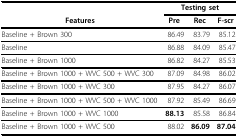
<table><thead><tr><td></td><td colspan="3"><b>Testing set</b></td></tr><tr><td><b>Features</b></td><td><b>Pre</b></td><td><b>Rec</b></td><td><b>F-scr</b></td></tr></thead><tbody><tr><td>Baseline + Brown 300</td><td>86.49</td><td>83.79</td><td>85.12</td></tr><tr><td>Baseline</td><td>86.88</td><td>84.09</td><td>85.47</td></tr><tr><td>Baseline + Brown 1000</td><td>86.82</td><td>84.27</td><td>85.53</td></tr><tr><td>Baseline + Brown 1000 + WVC 500 + WVC 300</td><td>87.09</td><td>84.98</td><td>86.02</td></tr><tr><td>Baseline + Brown 1000 + WVC 300</td><td>87.95</td><td>84.27</td><td>86.07</td></tr><tr><td>Baseline + Brown 1000 + WVC 500 + WVC 1000</td><td>87.92</td><td>85.49</td><td>86.69</td></tr><tr><td>Baseline + Brown 1000 + WVC 1000</td><td><b>88.13</b></td><td>85.58</td><td>86.84</td></tr><tr><td>Baseline + Brown 1000 + WVC 500</td><td>88.02</td><td><b>86.09</b></td><td><b>87.04</b></td></tr></tbody></table>